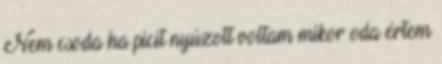
Nem csoda ha picit nyúzott voltam mikor oda értem